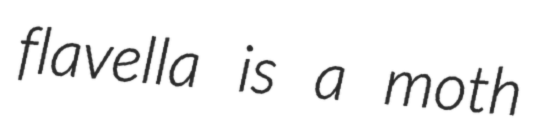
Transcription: flavella is a moth